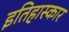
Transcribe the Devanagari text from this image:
इतिहास्कार